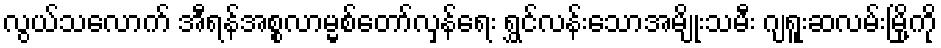
လွယ်သလောက် အီရန်အစ္စလာမ္မစ်တော်လှန်ရေး ရွှင်လန်းသောအမျိုးသမီး ဂျရူးဆလမ်းမြို့ကို